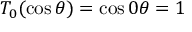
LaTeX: T _ { 0 } ( \cos \theta ) = \cos 0 \theta = 1